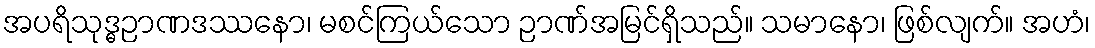
အပရိသုဒ္ဓဉာဏဒဿနော၊ မစင်ကြယ်သော ဉာဏ်အမြင်ရှိသည်။ သမာနော၊ ဖြစ်လျက်။ အဟံ၊